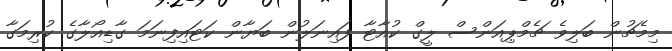
މިމެޗުން ބަލިވެ ޗެމްޕިއަންސް ލީގް ކުއާޓާ ފައިނަލުން ބަޔާން ކަޓައިފިނަމަ ގާޑިއޯލާގެ ކުރިމަގާ